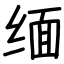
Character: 缅